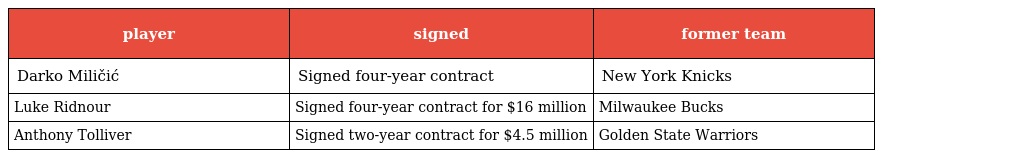
| player | signed | former team |
 | --- | --- | --- |
 | Darko Miličić | Signed four-year contract | New York Knicks |
 | Luke Ridnour | Signed four-year contract for $16 million | Milwaukee Bucks |
 | Anthony Tolliver | Signed two-year contract for $4.5 million | Golden State Warriors |